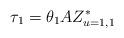
LaTeX: \begin{align*}\tau _{1}=\theta _{1}AZ_{u=1,1}^{\ast }\end{align*}